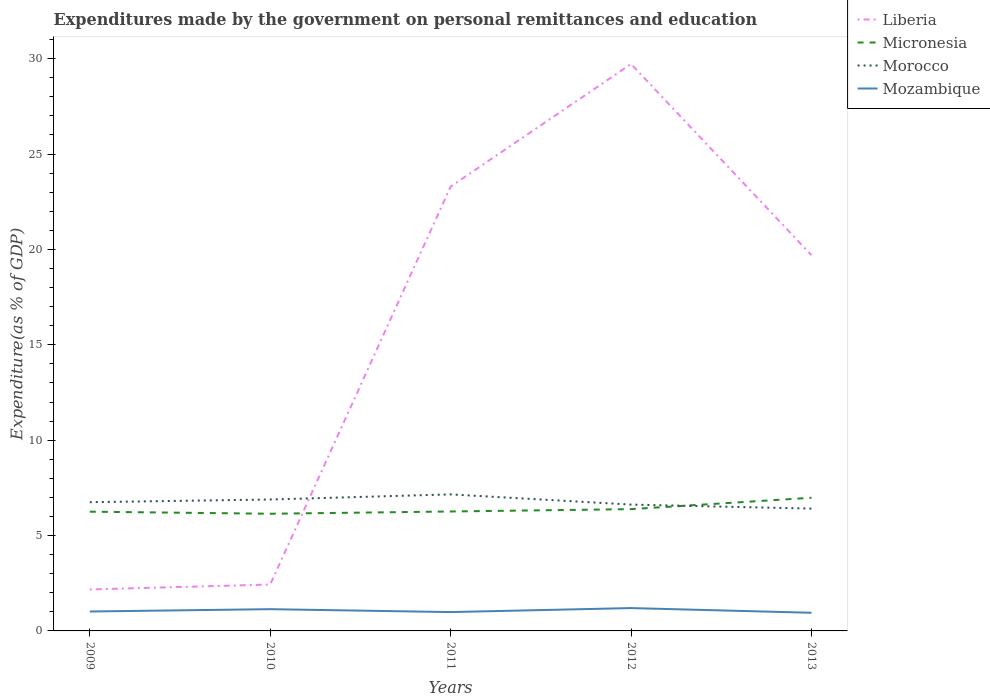
| Years | Liberia | Micronesia | Morocco | Mozambique |
 | --- | --- | --- | --- | --- |
 | 2009 | 2.17 | 6.25 | 6.75 | 1.02 |
 | 2010 | 2.43 | 6.14 | 6.89 | 1.14 |
 | 2011 | 23.3 | 6.26 | 7.16 | 0.987 |
 | 2012 | 29.7 | 6.38 | 6.62 | 1.2 |
 | 2013 | 19.7 | 6.98 | 6.41 | 0.951 |